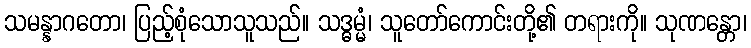
သမန္နာဂတော၊ ပြည့်စုံသောသူသည်။ သဒ္ဓမ္မံ၊ သူတော်ကောင်းတို့၏ တရားကို။ သုဏန္တော၊